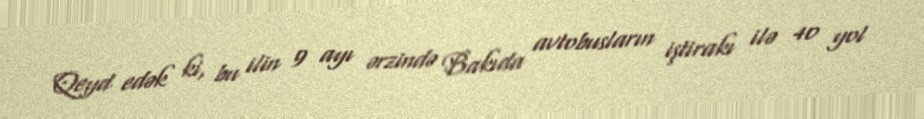
Qeyd edək ki, bu ilin 9 ayı ərzində Bakıda avtobusların iştirakı ilə 40 yol